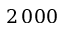
2 \, 0 0 0